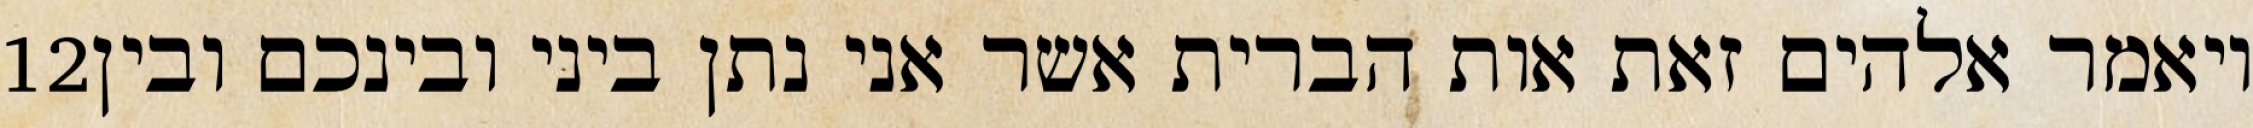
‎12‏ ויאמר אלהים זאת אות הברית אשר אני נתן ביני ובינכם ובין